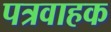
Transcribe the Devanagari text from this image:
पत्रवाहक